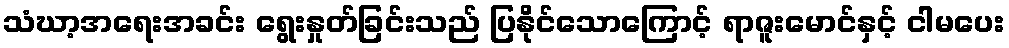
သံဃာ့အရေးအခင်း ရွေးနှုတ်ခြင်းသည် ပြနိုင်သောကြောင့် ရာဇူးမောင်နှင့် ငါမပေး